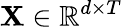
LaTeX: \mathbf{X}\in\mathbb{R}^{d\times T}